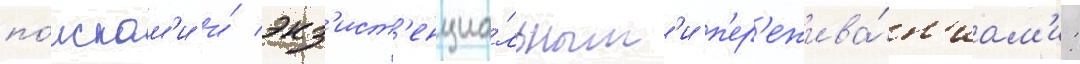
по́искам'и и́ экз'ист'енциа́льным'и п'ер'ежива́н'иам'и: